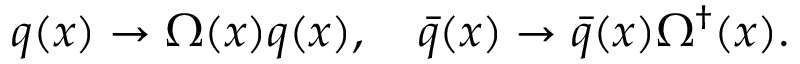
q ( x ) \rightarrow \Omega ( x ) q ( x ) , \quad \bar { q } ( x ) \rightarrow \bar { q } ( x ) \Omega ^ { \dagger } ( x ) .